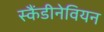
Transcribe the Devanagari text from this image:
स्कैंडीनेवियन